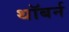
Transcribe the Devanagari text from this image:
थॉबर्न